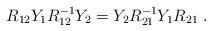
LaTeX: \begin{align*}R_{12} Y_{1} R_{12}^{-1} Y_{2} = Y_{2} R^{-1}_{21} Y_{1} R_{21}\;.\end{align*}